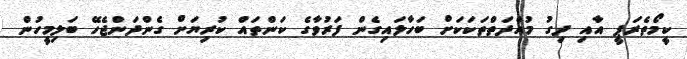
ކީމޯތެރަޕީ އާއި ދިގު މުއްދަތްތަކަކަށް ބަހާލައިގެން ފަރުވާގެ ކަންތައް ކުރިޔަށް ގެންދަންޖެހޭ ބަލިމީހުން